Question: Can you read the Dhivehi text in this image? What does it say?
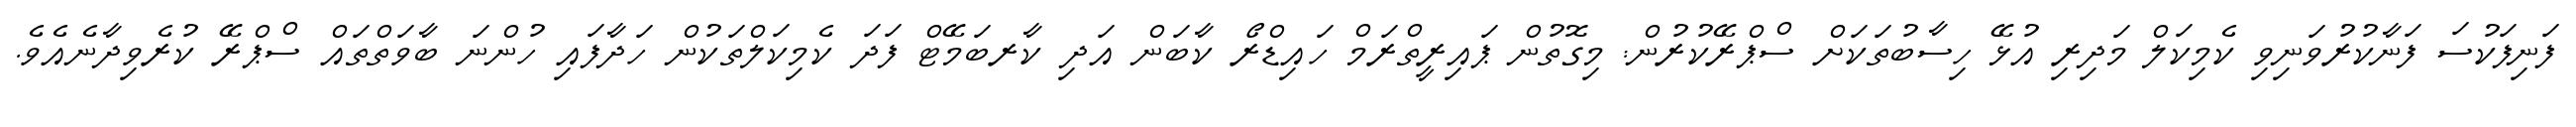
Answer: ފަނިފަކުސަ ފަނާކުރުވަނިވި ކެމިކަލް މަދިރި އުޅޭ ހިސާބުތަކަށް ސްޕްރޭކުރުން: މިގޮތުން ޕައިރީތްރަމް ހައިޑްރޯ ކާބަން އަދި ކާރބަމޭޓް ފަދަ ކެމިކަލްތަކުން ހަދާފައި ހުންނަ ބާވަތްތައް ސްޕްރޭ ކުރެވިދާނެއެވެ.